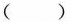
( )